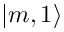
| m , 1 \rangle